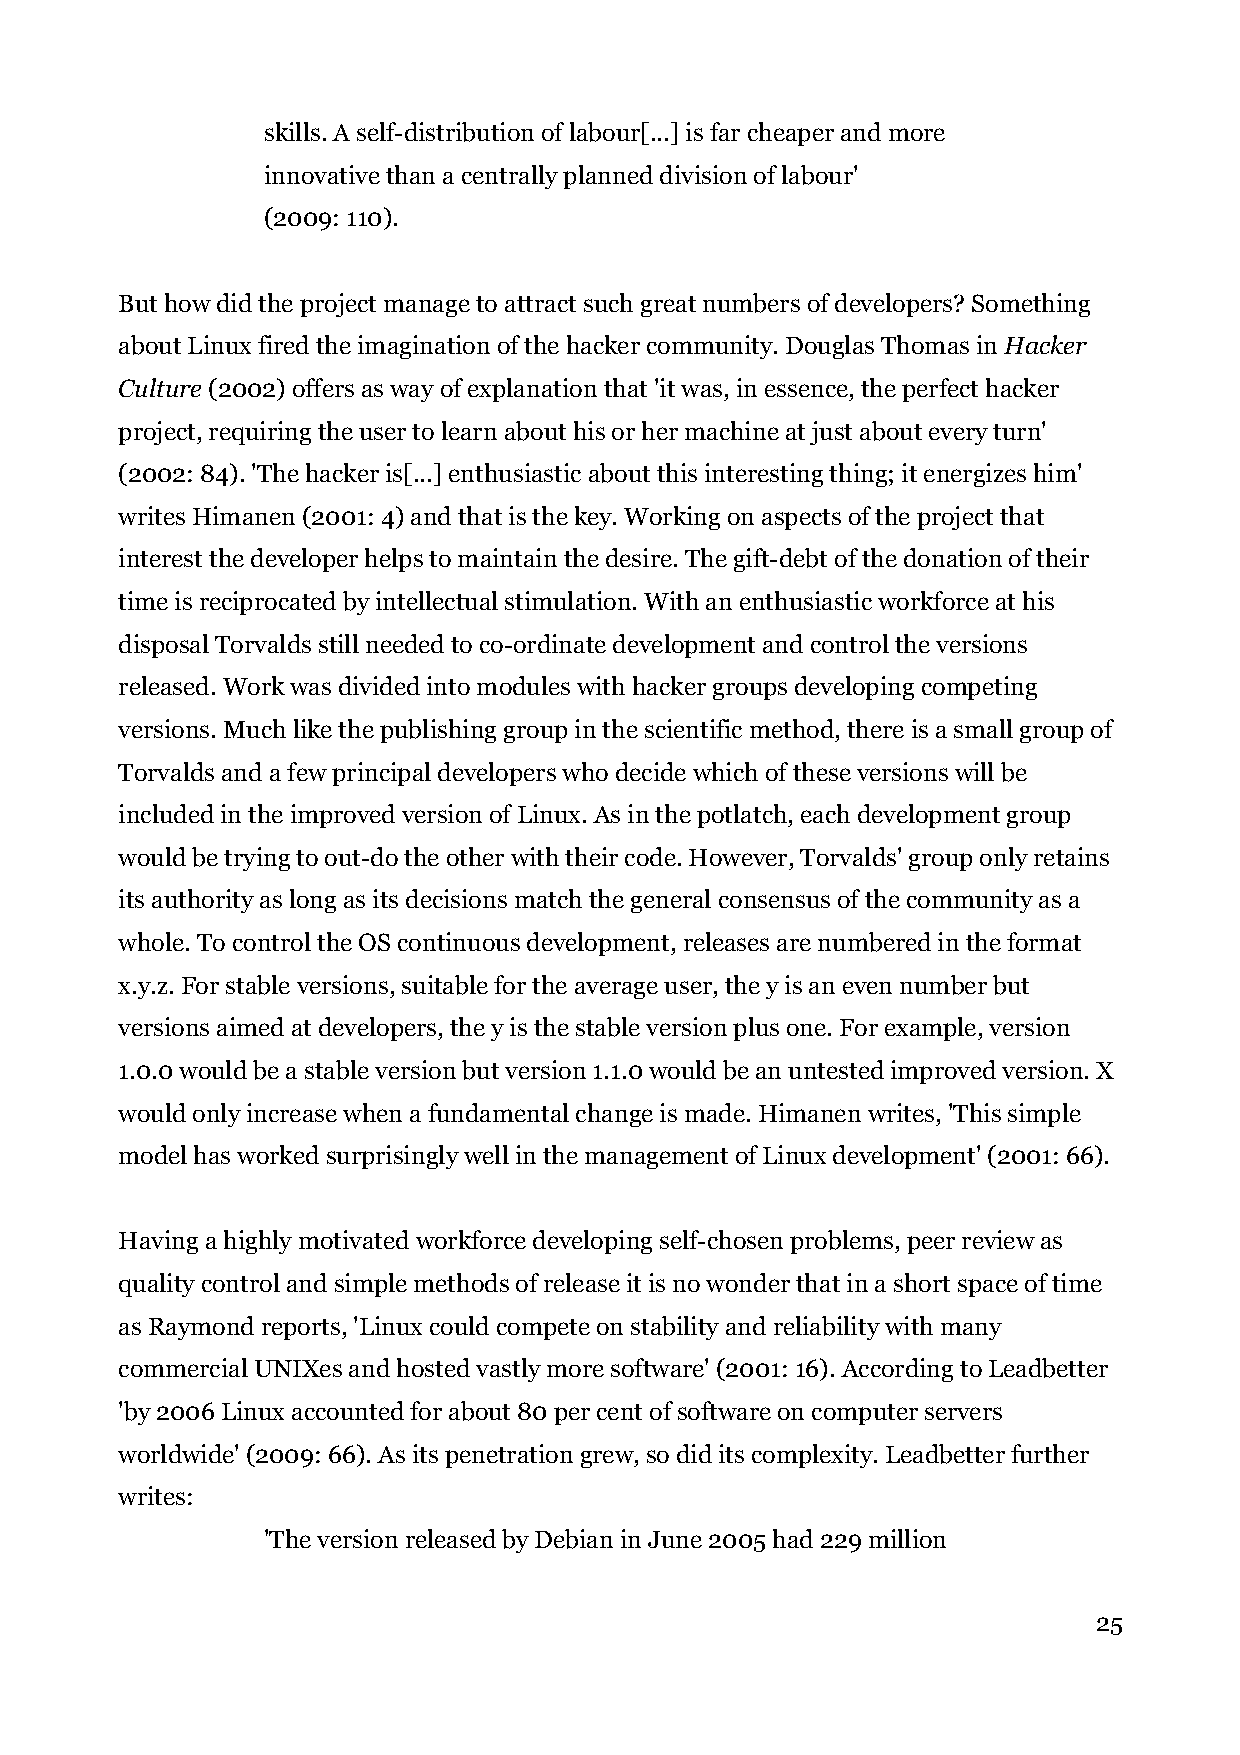
skills. A self-distribution of labour[...] is far cheaper and more
 innovative than a centrally planned division of labour'
 (2009: 110).
 But how did the project manage to attract such great numbers of developers? Something
 about Linux fired the imagination of the hacker community. Douglas Thomas in Hacker
 Culture (2002) offers as way of explanation that 'it was, in essence, the perfect hacker
 project, requiring the user to learn about his or her machine at just about every turn'
 (2002: 84). 'The hacker is[...] enthusiastic about this interesting thing; it energizes him'
 writes Himanen (2001: 4) and that is the key. Working on aspects of the project that
 interest the developer helps to maintain the desire. The gift-debt of the donation of their
 time is reciprocated by intellectual stimulation. With an enthusiastic workforce at his
 disposal Torvalds still needed to co-ordinate development and control the versions
 released. Work was divided into modules with hacker groups developing competing
 versions. Much like the publishing group in the scientific method, there is a small group of
 Torvalds and a few principal developers who decide which of these versions will be
 included in the improved version of Linux. As in the potlatch, each development group
 would be trying to out-do the other with their code. However, Torvalds' group only retains
 its authority as long as its decisions match the general consensus of the community as a
 whole. To control the OS continuous development, releases are numbered in the format
 x.y.z. For stable versions, suitable for the average user, the y is an even number but
 versions aimed at developers, the y is the stable version plus one. For example, version
 1.0.0 would be a stable version but version 1.1.0 would be an untested improved version. X
 would only increase when a fundamental change is made. Himanen writes, 'This simple
 model has worked surprisingly well in the management of Linux development' (2001: 66).
 Having a highly motivated workforce developing self-chosen problems, peer review as
 quality control and simple methods of release it is no wonder that in a short space of time
 as Raymond reports, 'Linux could compete on stability and reliability with many
 commercial UNIXes and hosted vastly more software' (2001: 16). According to Leadbetter
 'by 2006 Linux accounted for about 80 per cent of software on computer servers
 worldwide' (2009: 66). As its penetration grew, so did its complexity. Leadbetter further
 writes:
 'The version released by Debian in June 2005 had 229 million
 25